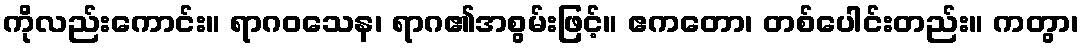
ကိုလည်းကောင်း။ ရာဂဝသေန၊ ရာဂ၏အစွမ်းဖြင့်။ ဧကတော၊ တစ်ပေါင်းတည်း။ ကတွာ၊